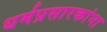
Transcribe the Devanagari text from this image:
धर्मप्रसारकांना